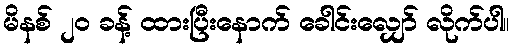
မိနစ် ၂၀ ခန့် ထားပြီးနောက် ခေါင်းလျှော် လိုက်ပါ။